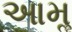
આમૢ